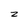
Character: z